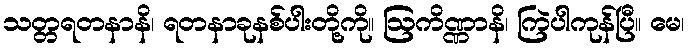
သတ္တရတနာနိ၊ ရတနာခုနစ်ပါးတို့ကို။ ဩကိဏ္ဏာနိ၊ ကြဲပါကုန်ပြီ။ မေ၊